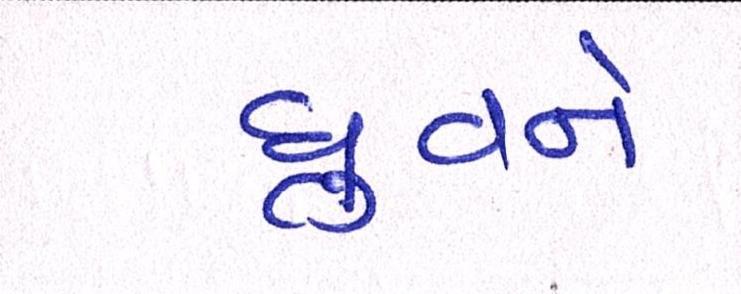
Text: ધ્રુવને